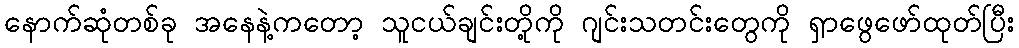
နောက်ဆုံတစ်ခု အနေနဲ့ကတော့ သူငယ်ချင်းတို့ကို ဂျင်းသတင်းတွေကို ရှာဖွေဖော်ထုတ်ပြီး